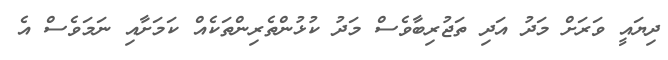
ދިޔައީ ވަރަށް މަދު އަދި ތަޖުރިބާވެސް މަދު ކުޅުންތެރިންތަކެއް ކަމަށާއި ނަމަވެސް އެ